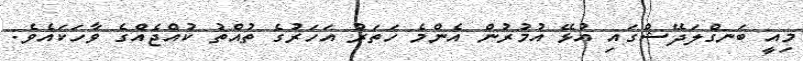
މިއީ ބަނގްލަދޭޝްގައި އުޅޭ އުމުރުން އެންމެ ހަތަރު އަހަރުގެ ތުއްތު ކުއްޖެއްގެ ވާހަކައެވެ.